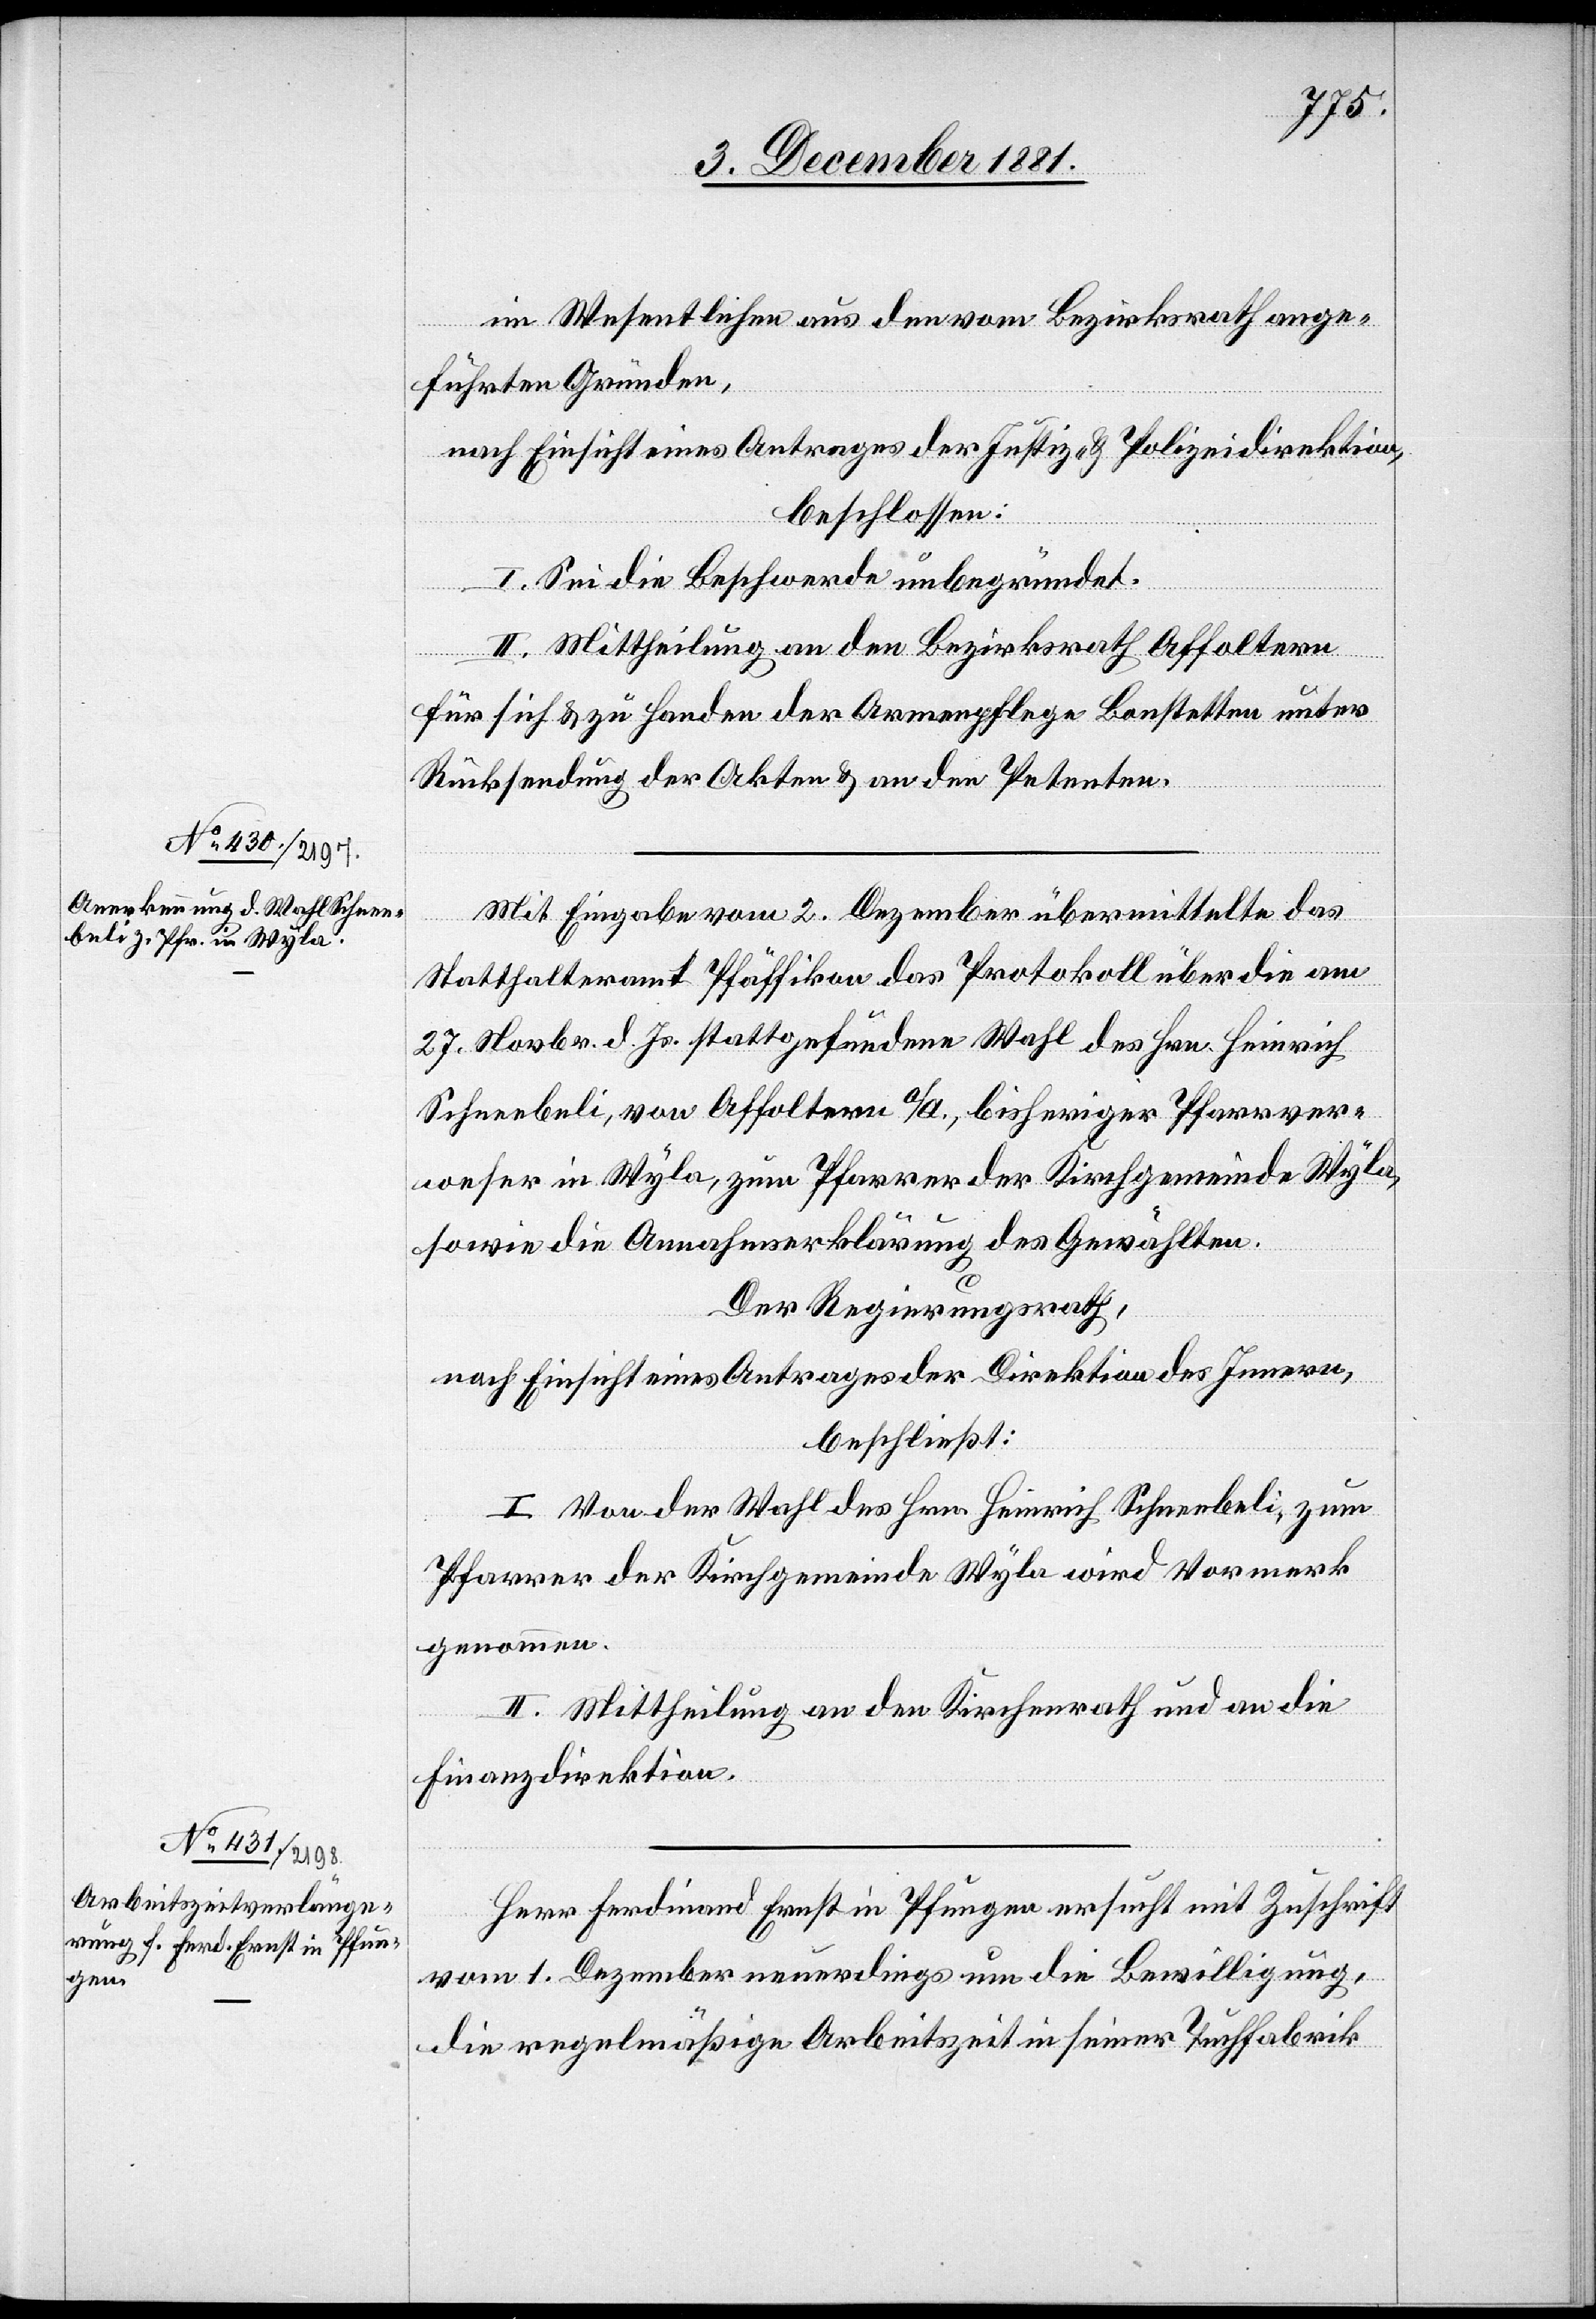
im Wesentlichen aus den vom Bezirksrath ange¬
führten Gründen,
nach Einsicht eines Antrages der Justiz- & Polizeidirektion,
beschlossen:
I. Sei die Beschwerde unbegründet.
II. Mittheilung an den Bezirksrath Affoltern
für sich & zu Handen der Armenpflege Bonstetten unter
Rücksendung der Akten & an den Petenten.
Mit Eingabe vom 2. Dezember übermittelte das
Statthalteramt Pfäffikon das Protokoll über die am
27. Novbr. d. Js. stattgefundene Wahl des Hrn. Heinrich
Schneebeli, von Affoltern a/A., bisheriger Pfarrver¬
weser in Wyla, zum Pfarrer der Kirchgemeinde Wyla,
sowie die Annahmserklärung des Gewählten.
Der Regierungsrath,
nach Einsicht eines Antrages der Direktion des Innern,
beschließt:
I. Von der Wahl des Hrn. Heinrich Schneebeli, zum
Pfarrer der Kirchgemeinde Wyla wird Vormerk
genommen.
II. Mittheilung an den Kirchenrath und an die
Finanzdirektion.
Herr Ferdinand Ernst in Pfungen ersucht mit Zuschrift
vom 1. Dezember neuerdings um die Bewilligung,
die regelmäßige Arbeitszeit in seiner Tuchfabrik